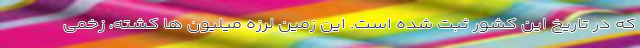
که در تاریخ این کشور ثبت شده است. این زمین لرزه میلیون ها کشته، زخمی